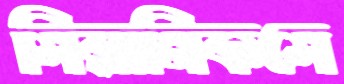
সিরামিকসে